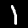
Digit: 1